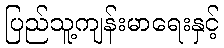
ပြည်သူ့ကျန်းမာရေးနှင့်